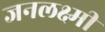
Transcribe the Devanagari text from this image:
जनलक्ष्मी